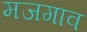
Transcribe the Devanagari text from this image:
मजगाव